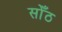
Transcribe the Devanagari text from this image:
सोँठ